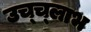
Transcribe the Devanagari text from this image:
उच्च्लाभ